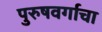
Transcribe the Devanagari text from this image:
पुरुषवर्गाचा